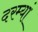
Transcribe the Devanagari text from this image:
दरम्यां